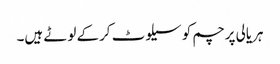
ہریالی پرچم کو سیلوٹ کرکے لوٹے ہیں۔